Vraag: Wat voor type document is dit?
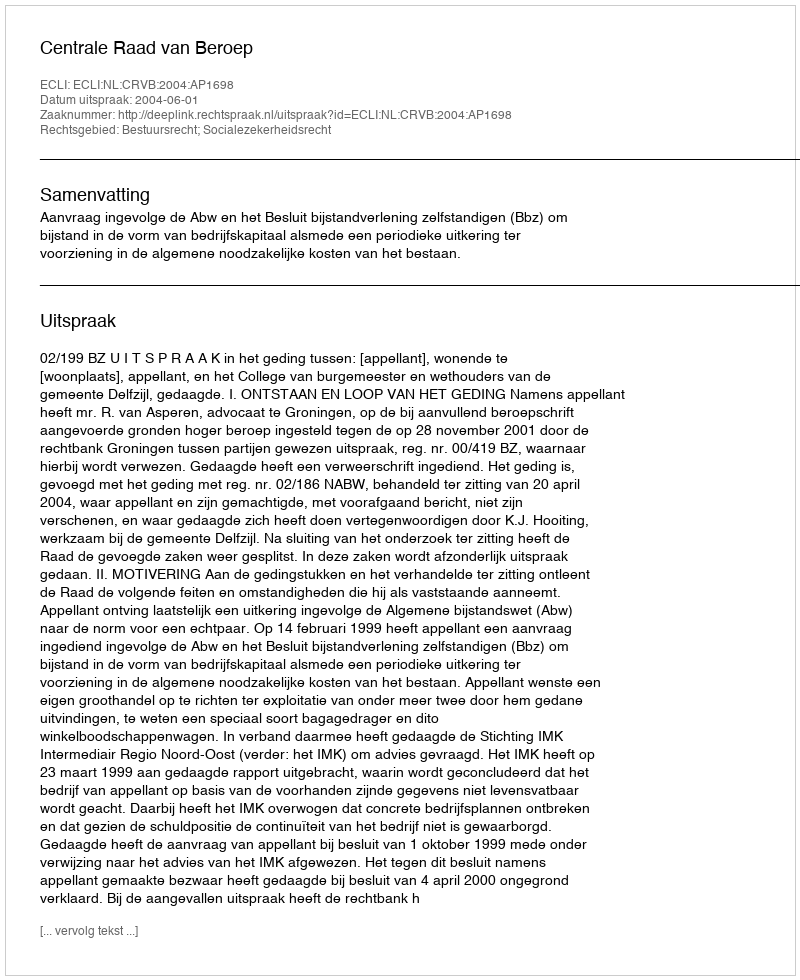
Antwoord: Uitspraak